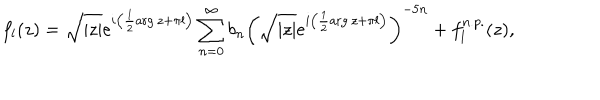
LaTeX: f _ { l } ( z ) = \sqrt { | z | } e ^ { i \left( { \frac { 1 } { 2 } } \mathrm { a r g } \, z + \pi l \right) } \sum _ { n = 0 } ^ { \infty } b _ { n } \left( \sqrt { | z | } e ^ { i \left( { \frac { 1 } { 2 } } \mathrm { a r g } \, z + \pi l \right) } \right) ^ { - 5 n } + f _ { l } ^ { n . p . } ( z ) ,